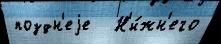
поздн'еjе   Н'и́жн'его